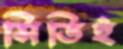
সিভিই